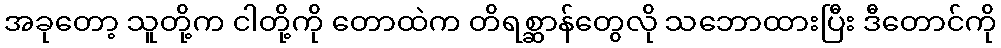
အခုတော့ သူတို့က ငါတို့ကို တောထဲက တိရစ္ဆာန်တွေလို သဘောထားပြီး ဒီတောင်ကို